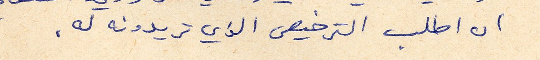
ان اطلب الترخيص الذي تريدونه له.